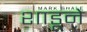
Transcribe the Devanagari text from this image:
शाडूने